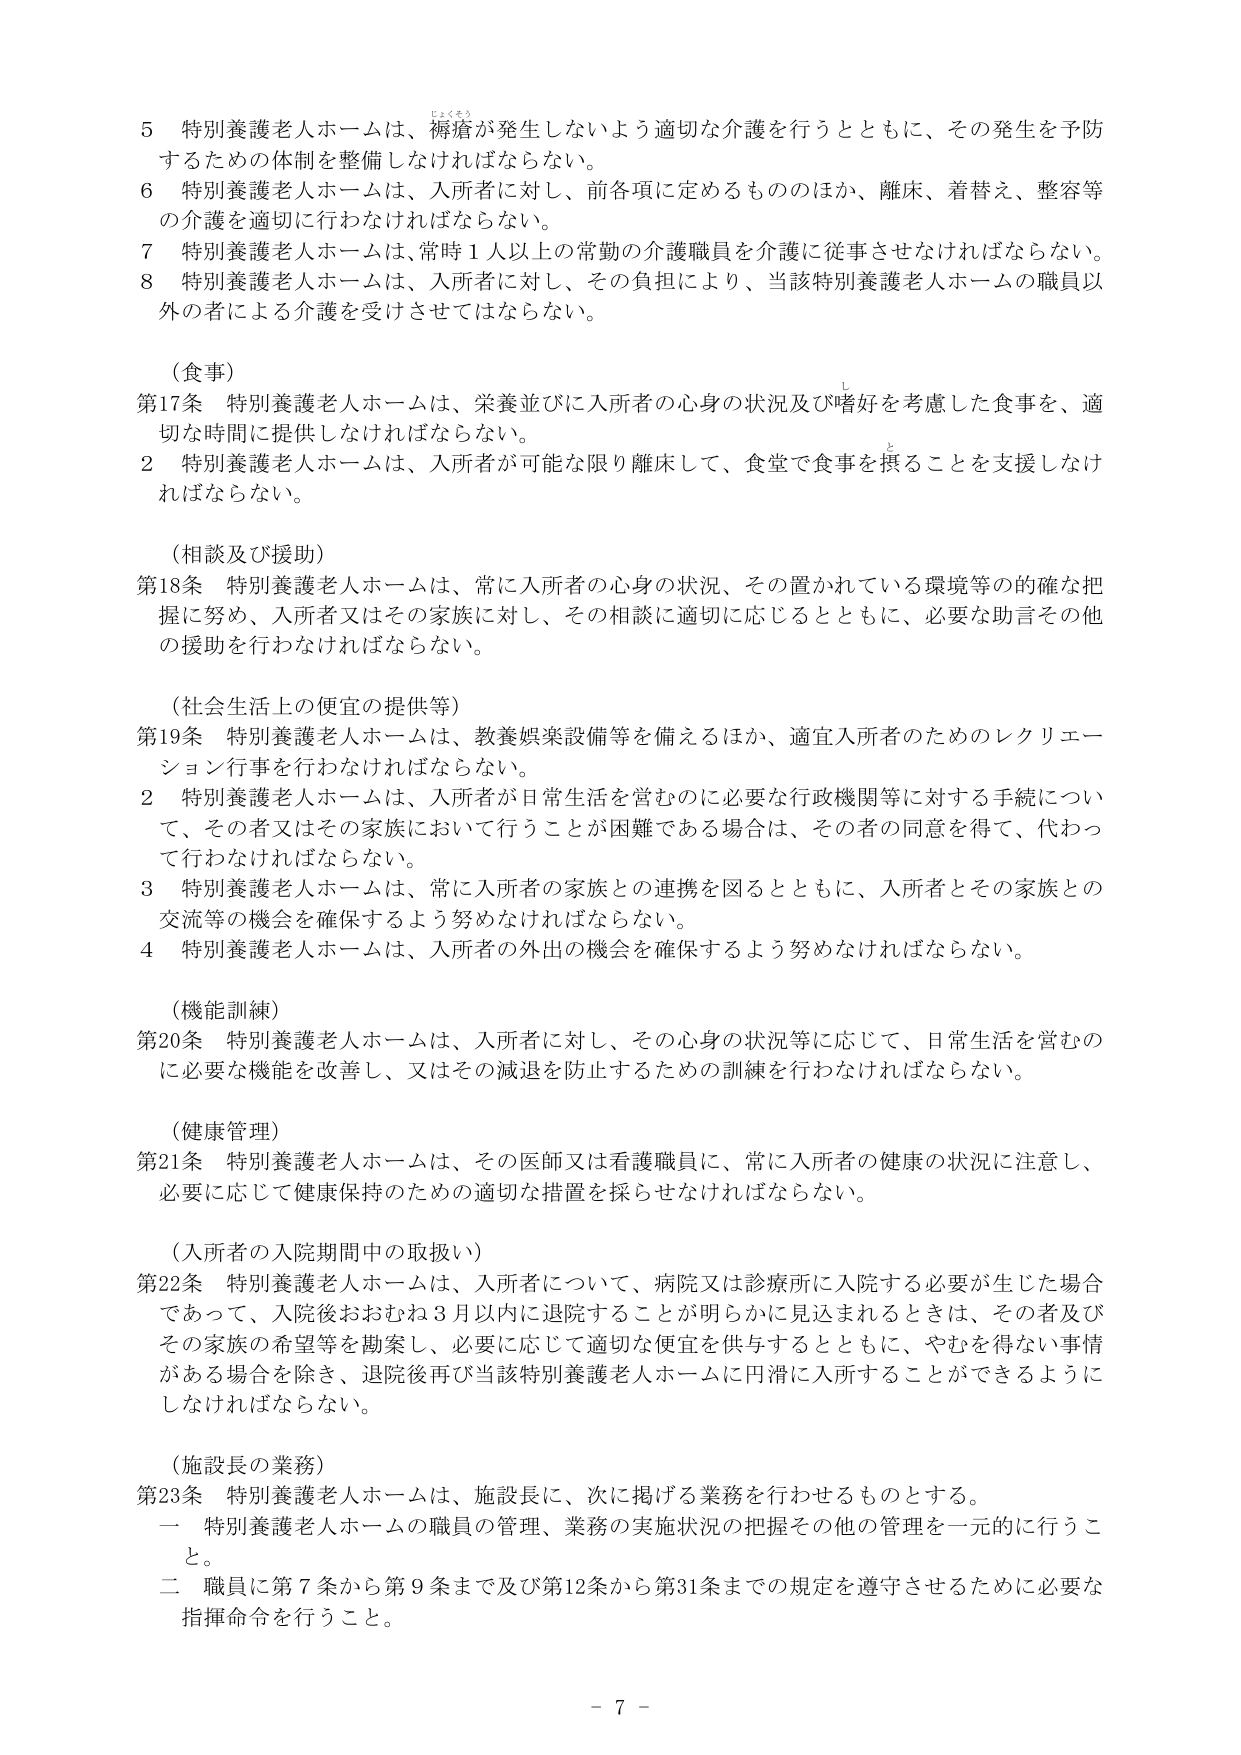
5 特別養護老人ホームは、褥瘡が発生しないよう適切な介護を行うとともに、その発生を予防するための体制を整備しなければならない。

6 特別養護老人ホームは、入所者に対し、前各項に定めるもののほか、離床、着替え、整容等の介護を適切に行わなければならない。

7 特別養護老人ホームは、常時1人以上の常勤の介護職員を介護に従事させなければならない。

8 特別養護老人ホームは、入所者に対し、その負担により、当該特別養護老人ホームの職員以外の者による介護を受けさせてはならない。

（食事）

第17条 特別養護老人ホームは、栄養並びに入所者の心身の状況及び嗜好を考慮した食事を、適切な時間に提供しなければならない。

2 特別養護老人ホームは、入所者が可能な限り離床して、食堂で食事を摂ることを支援しなければならない。

（相談及び援助）

第18条 特別養護老人ホームは、常に入所者の心身の状況、その置かれている環境等の的確な把握に努め、入所者又はその家族に対し、その相談に適切に応じるとともに、必要な助言その他 の援助を行わなければならない。

（社会生活上の便宜の提供等）

第19条 特別養護老人ホームは、教養娯楽設備等を備えるほか、適宜入所者のためのレクリエーション行事を行わなければならない。

2 特別養護老人ホームは、入所者が日常生活を営むのに必要な行政機関等に対する手続について、その者又はその家族において行うことが困難である場合は、その者の同意を得て、代わって行わなければならない。

3 特別養護老人ホームは、常に入所者の家族との連携を図るとともに、入所者とその家族との交流等の機会を確保するよう努めなければならない。

4 特別養護老人ホームは、入所者の外出の機会を確保するよう努めなければならない。

（機能訓練）

第20条 特別養護老人ホームは、入所者に対し、その心身の状況等に応じて、日常生活を営むのに必要な機能を改善し、又はその減退を防止するための訓練を行わなければならない。

（健康管理）

第21条 特別養護老人ホームは、その医師又は看護職員に、常に入所者の健康の状況に注意し、必要に応じて健康保持のための適切な措置を採らなければならない。

（入所者の入院期間中の取扱い）

第22条 特別養護老人ホームは、入所者について、病院又は診療所に入院する必要が生じた場合であって、入院後おおむね3月以内に退院することが明らかに見込まれるときは、その者及びその家族の希望等を勘案し、必要に応じて適切な便宜を供与するとともに、やむを得ない事情がある場合を除き、退院後再び当該特別養護老人ホームに円滑に入所することができるようにしなければならない。

（施設長の業務）

第23条 特別養護老人ホームは、施設長に、次に掲げる業務を行わせるものとする。

一 特別養護老人ホームの職員の管理、業務の実施状況の把握その他 の管理を一元的に行うこと。

二 職員に第7条から第9条まで及び第12条から第31条までの規定を遵守させるために必要な指揮命令を行うこと。

- 7 -